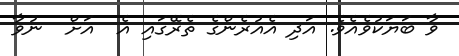
ވާ ބަޔަކުވެއެވެ. އަދި އެއުރެންގެ ތެރޭގައި އެ  އަށް  ނުވާ